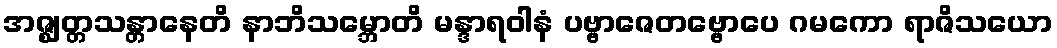
အဇ္ဈတ္တသန္တာနေတိ နာဘိသမ္ဘောတိ မန္ဒာရဝါနံ ပဗ္ဗာဇေတဗ္ဗောပေ ဂမကော ရာဇိသယော